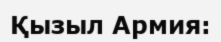
Қызыл Армия: